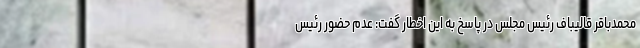
محمدباقر قالیباف رئیس مجلس در پاسخ به این اخطار گفت: عدم حضور رئیس